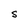
Character: S